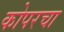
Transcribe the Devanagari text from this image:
कोपरचा